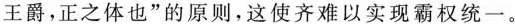
王爵，正之体也”的原则，这使齐难以实现霸权统一。